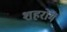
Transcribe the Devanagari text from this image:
शहरोंमें